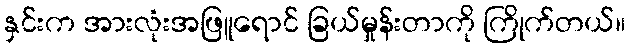
နှင်းက အားလုံးအဖြူရောင် ခြယ်မှုန်းတာကို ကြိုက်တယ်။